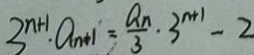
3 ^ { n + 1 } \cdot a _ { n + 1 } = \frac { a _ { n } } { 3 } \cdot 3 ^ { n + 1 } - 2